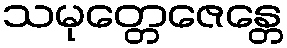
သမုတ္တေဇေန္တေ